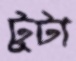
টুটা